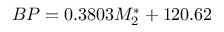
B P = 0 . 3 8 0 3 M _ { 2 } ^ { * } + 1 2 0 . 6 2